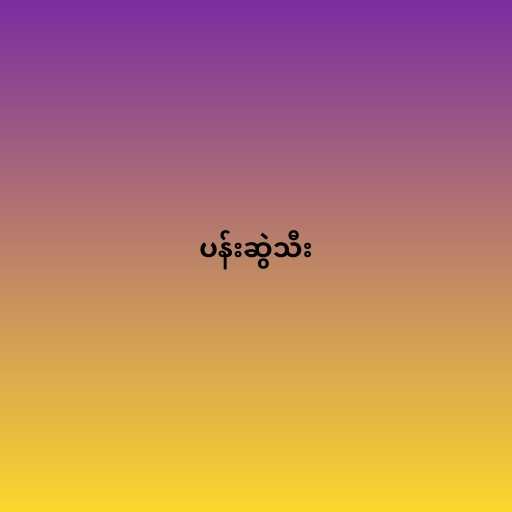
ပန်းဆွဲသီး